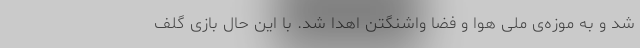
شد و به موزه‌ی ملی هوا و فضا واشنگتن اهدا شد. با این حال بازی گلف